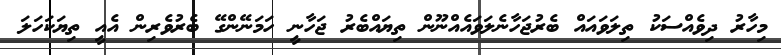
މިހާރު ދިވެއްސަކު ތިލަވައައް ބެރުޖަހާނެލަވައެއްނޫން ތިޔައްބެރު ޖަހާނީ ހަމަނޭންގޭ ބެރުވެރިން އެއީ ތިޔަކަހަލަ